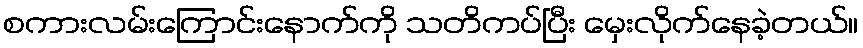
စကားလမ်းကြောင်းနောက်ကို သတိကပ်ပြီး မှေးလိုက်နေခဲ့တယ်။